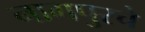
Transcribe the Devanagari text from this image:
नागपुरचे